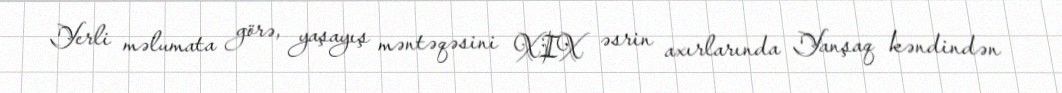
Yerli məlumata görə, yaşayış məntəqəsini XIX əsrin axırlarında Yanşaq kəndindən